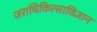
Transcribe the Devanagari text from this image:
जराचिकित्साविज्ञान